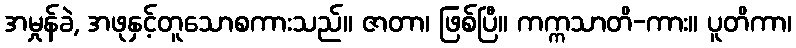
အမှုန်ခဲ, အဖုနှင့်တူသောစကားသည်။ ဇာတာ၊ ဖြစ်ပြီ။ ကက္ကသာတိ-ကား။ ပူတိကာ၊